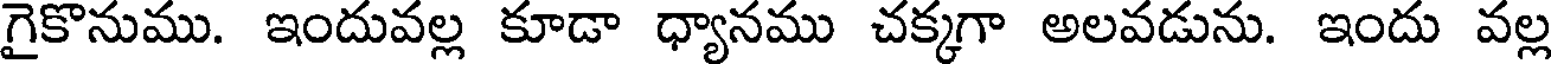
గైకొనుము. ఇందువల్ల కూడా ధ్యానము చక్కగా అలవడును. ఇందు వల్ల